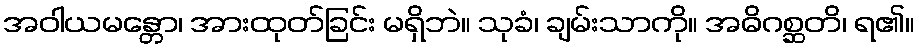
အဝါယမန္တော၊ အားထုတ်ခြင်း မရှိဘဲ။ သုခံ၊ ချမ်းသာကို။ အဓိဂစ္ဆတိ၊ ရ၏။